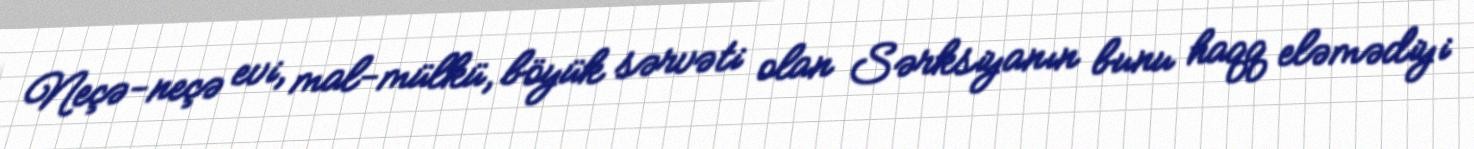
Neçə-neçə evi, mal-mülkü, böyük sərvəti olan Sərksiyanın bunu haqq eləmədiyi